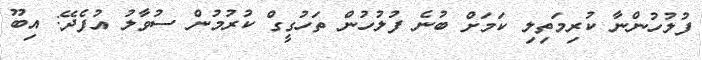
ފުލުހުންނާ ކުރިމަތިލި ކަމަށް ބުނެ ފުލުހުން ތަހުގީގް ކުރުމުން ސުވާލު އުފެދޭ: އިބޫ